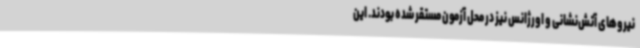
نیروهای آتش‌نشانی و اورژانس نیز در محل آزمون مستقر شده بودند. این